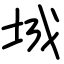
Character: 城